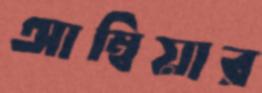
আম্বিয়ার